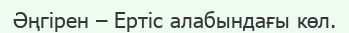
Әңгірен – Ертіс алабындағы көл.